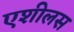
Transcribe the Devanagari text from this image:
एशीलस